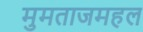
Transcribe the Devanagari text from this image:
मुमताजमहल